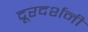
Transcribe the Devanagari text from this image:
दूरदर्शनी